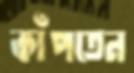
কাঁপতেন